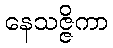
နေသဇ္ဇိကာ